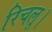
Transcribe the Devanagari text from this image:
रिचलू।